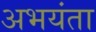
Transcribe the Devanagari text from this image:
अभयंता